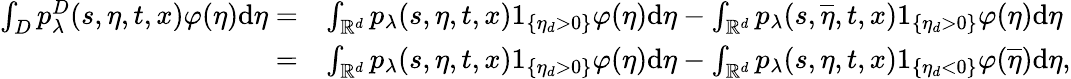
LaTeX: \begin{array}{rl}{\int_{D}p_{\lambda}^{D}(s,\eta,t,x)\varphi(\eta)\mathrm{d}\eta=}&{\int_{\mathbb{R}^{d}}p_{\lambda}(s,\eta,t,x)1_{\{ \eta_{d}>0\} }\varphi(\eta)\mathrm{d}\eta-\int_{\mathbb{R}^{d}}p_{\lambda}(s,\overline{{\eta}},t,x)1_{\{ \eta_{d}>0\} }\varphi(\eta)\mathrm{d}\eta}\\ {=}&{\int_{\mathbb{R}^{d}}p_{\lambda}(s,\eta,t,x)1_{\{ \eta_{d}>0\} }\varphi(\eta)\mathrm{d}\eta-\int_{\mathbb{R}^{d}}p_{\lambda}(s,\eta,t,x)1_{\{ \eta_{d}<0\} }\varphi(\overline{{\eta}})\mathrm{d}\eta,}\end{array}